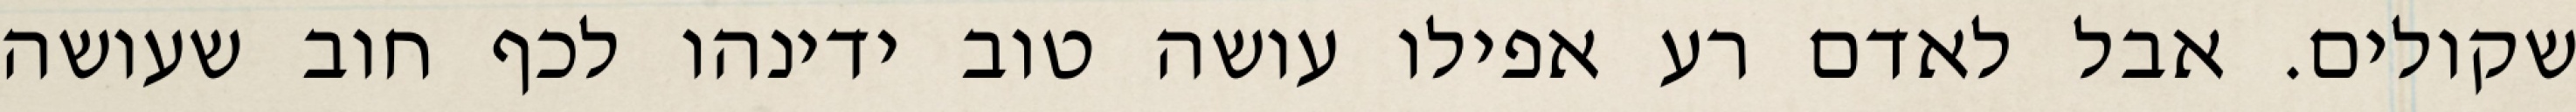
שקולים. אבל לאדם רע אפילו עושה טוב ידינהו לכף חוב שעושה